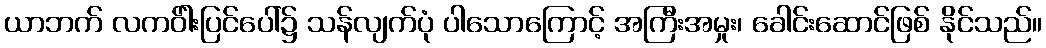
ယာဘက် လကဝ်ါးပြင်ပေါ်၌ သန်လျက်ပုံ ပါသောကြောင့် အကြီးအမှုး၊ ခေါင်းဆောင်ဖြစ် နိုင်သည်။